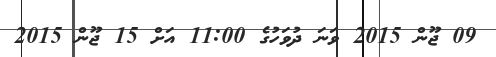
09 ޖޫން 2015 ވަނަ ދުވަހުގެ 11:00 އަށް 15 ޖޫން 2015